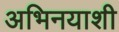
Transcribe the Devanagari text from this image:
अभिनयाशी